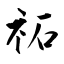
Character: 祏